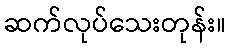
ဆက်လုပ်သေးတုန်း။